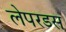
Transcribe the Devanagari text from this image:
लेपरडस